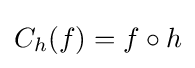
C_{h}(f)=f\circ h